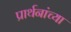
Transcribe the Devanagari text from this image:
प्रार्थनांच्या